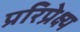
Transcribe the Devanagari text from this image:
प्ररिप्रेक्ष्य